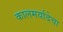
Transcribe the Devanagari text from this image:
कालमर्यादेचा